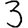
Digit: 3